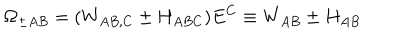
\Omega _ { \pm A B } = ( W _ { A B , C } \pm H _ { A B C } ) E ^ { C } \equiv W _ { A B } \pm H _ { A B }